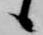
候